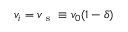
{ v _ { i } = v _ { \mathrm { ~ s ~ } } \equiv v _ { 0 } ( 1 - \delta ) }